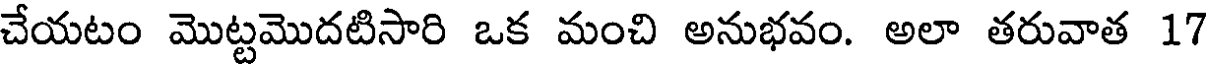
చేయటం మొట్టమొదటిసారి ఒక మంచి అనుభవం. అలా తరువాత 17